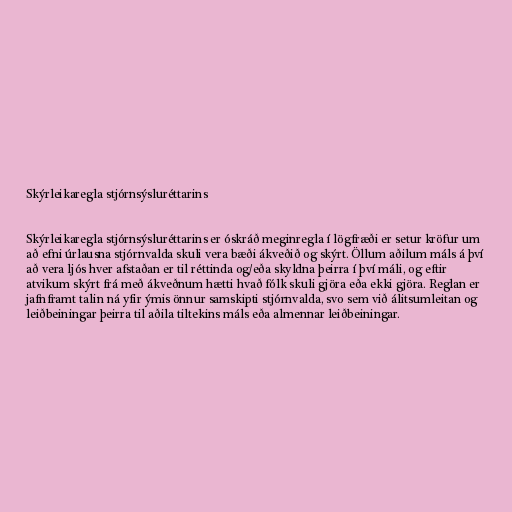
Skýrleikaregla stjórnsýsluréttarins

Skýrleikaregla stjórnsýsluréttarins er óskráð meginregla í lögfræði er setur kröfur um
að efni úrlausna stjórnvalda skuli vera bæði ákveðið og skýrt. Öllum aðilum máls á því
að vera ljós hver afstaðan er til réttinda og/eða skyldna þeirra í því máli, og eftir
atvikum skýrt frá með ákveðnum hætti hvað fólk skuli gjöra eða ekki gjöra. Reglan er
jafnframt talin ná yfir ýmis önnur samskipti stjórnvalda, svo sem við álitsumleitan og
leiðbeiningar þeirra til aðila tiltekins máls eða almennar leiðbeiningar.